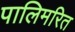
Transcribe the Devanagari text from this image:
पालिमरित